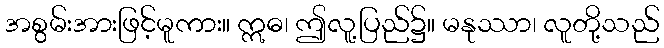
အစွမ်းအားဖြင့်မူကား။ ဣဓ၊ ဤလူ့ပြည်၌။ မနုဿာ၊ လူတို့သည်